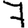
Digit: 7